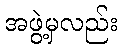
အဖွဲ့မှလည်း